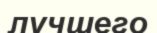
лучшего